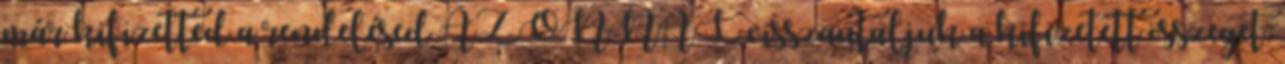
már kifizetted a rendelésed AZONNAL visszautaljuk a kifizetett összeget.